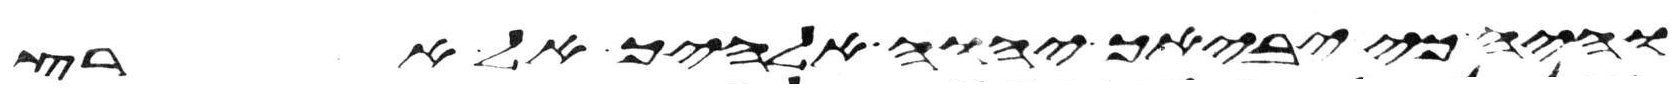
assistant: והיה כי יביאך יהוה אלהיך אל ארץ